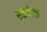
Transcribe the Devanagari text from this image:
एकदंन्तं